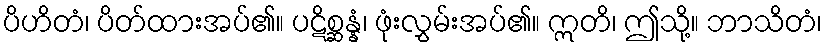
ပိဟိတံ၊ ပိတ်ထားအပ်၏။ ပဋိစ္ဆန္နံ၊ ဖုံးလွှမ်းအပ်၏။ ဣတိ၊ ဤသို့။ ဘာသိတံ၊